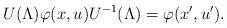
LaTeX: \begin{align*}U(\Lambda)\varphi(x,u)U^{-1}(\Lambda)=\varphi(x',u').\end{align*}